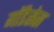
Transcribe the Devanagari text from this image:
गॉडेसेस